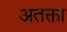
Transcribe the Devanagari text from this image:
अतक्ता